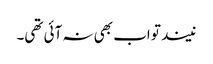
نیند تو اب بھی نہ آئی تھی۔